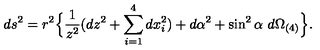
d s ^ { 2 } = r ^ { 2 } \Bigl \{ \frac { 1 } { z ^ { 2 } } ( d z ^ { 2 } + \sum _ { i = 1 } ^ { 4 } d x _ { i } ^ { 2 } ) + d \alpha ^ { 2 } + \sin ^ { 2 } \alpha \ d \Omega _ { ( 4 ) } \Bigr \} .